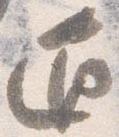
通